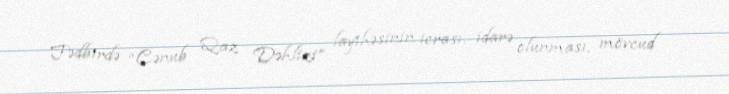
Tədbirdə “Cənub Qaz Dəhlizi” layihəsinin icrası, idarə olunması, mövcud